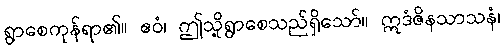
ရွာစေကုန်ရာ၏။ ဧဝံ၊ ဤသို့ရွာစေသည်ရှိသော်။ ဣဒံဇိနသာသနံ၊